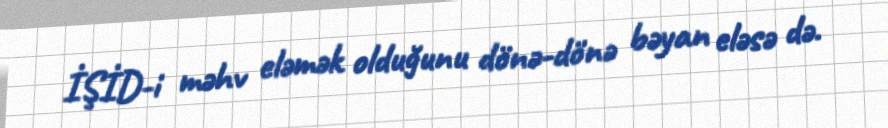
İŞİD-i məhv eləmək olduğunu dönə-dönə bəyan eləsə də.